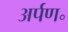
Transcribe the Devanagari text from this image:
अर्पण॰